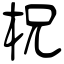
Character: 柷